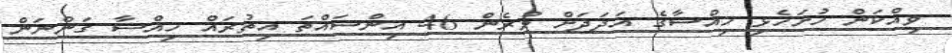
ވިއްކަން ހުށަހެޅި ހިއްސާގެ އަދަދަށް ވުރެން 46 އިންސައްތަ އިތުރައް ހިއްސާ ގަންނަން